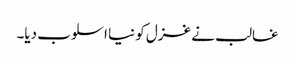
غالب نے غزل کو نیا اسلوب دیا۔